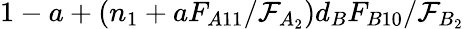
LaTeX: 1-a+(n_{1}+aF_{A11}/\mathcal{F}_{A_{2}})d_{B}F_{B10}/\mathcal{F}_{B_{2}}